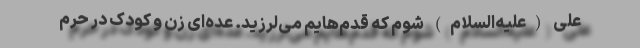
علی (علیه‌السلام) شوم که قدم‌هایم می‌لرزید. عده‌ای زن و کودک در حرم